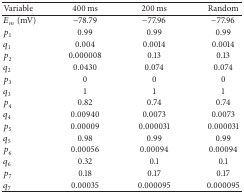
<table><thead><tr><td><b>Variable</b></td><td><b>400 ms</b></td><td><b>200 ms</b></td><td><b>Random</b></td></tr></thead><tbody><tr><td><i>E</i><sub><i>m</i></sub>(mV)</td><td>−78.79</td><td>−77.96</td><td>−77.96</td></tr><tr><td><i>p</i><sub>1</sub></td><td>0.99</td><td>0.99</td><td>0.99</td></tr><tr><td><i>q</i><sub>1</sub></td><td>0.004</td><td>0.0014</td><td>0.0014</td></tr><tr><td><i>p</i><sub>2</sub></td><td>0.000008</td><td>0.13</td><td>0.13</td></tr><tr><td><i>q</i><sub>2</sub></td><td>0.0430</td><td>0.074</td><td>0.074</td></tr><tr><td><i>p</i><sub>3</sub></td><td>0</td><td>0</td><td>0</td></tr><tr><td><i>q</i><sub>3</sub></td><td>1</td><td>1</td><td>1</td></tr><tr><td><i>p</i><sub>4</sub></td><td>0.82</td><td>0.74</td><td>0.74</td></tr><tr><td><i>q</i><sub>4</sub></td><td>0.00940</td><td>0.0073</td><td>0.0073</td></tr><tr><td><i>p</i><sub>5</sub></td><td>0.00009</td><td>0.000031</td><td>0.000031</td></tr><tr><td><i>q</i><sub>5</sub></td><td>0.98</td><td>0.99</td><td>0.99</td></tr><tr><td><i>p</i><sub>6</sub></td><td>0.00056</td><td>0.00094</td><td>0.00094</td></tr><tr><td><i>q</i><sub>6</sub></td><td>0.32</td><td>0.1</td><td>0.1</td></tr><tr><td><i>p</i><sub>7</sub></td><td>0.18</td><td>0.17</td><td>0.17</td></tr><tr><td><i>q</i><sub>7</sub></td><td>0.00035</td><td>0.000095</td><td>0.000095</td></tr></tbody></table>